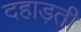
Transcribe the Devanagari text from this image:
दहाड़ती